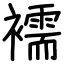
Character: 襦